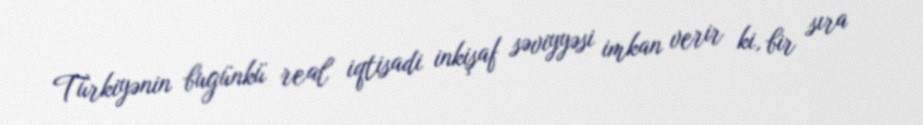
Türkiyənin bugünkü real iqtisadi inkişaf səviyyəsi imkan verir ki, bir sıra